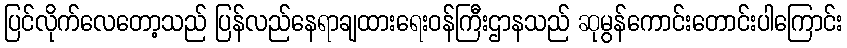
ပြင်လိုက်လေတော့သည် ပြန်လည်နေရာချထားရေးဝန်ကြီးဌာနသည် ဆုမွန်ကောင်းတောင်းပါကြောင်း